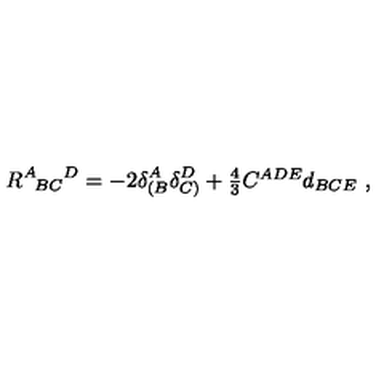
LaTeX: R ^ { A } { } _ { \! B C } { } ^ { D } = - 2 \delta _ { ( B } ^ { A } \delta _ { C ) } ^ { D } + \textstyle { \frac { 4 } { 3 } } C ^ { A D E } d _ { B C E } \ ,